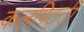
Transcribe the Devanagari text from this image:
कलपिट्टी